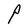
Character: P